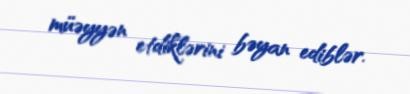
müəyyən etdiklərini bəyan ediblər.